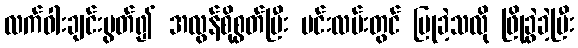
လက်ဝါးချင်းပွတ်၍ အလွန်စိုစွတ်ပြီး မင်းလမ်းတွင် ပြုခဲ့သလို ဖြိုခွဲခဲ့ပြီး